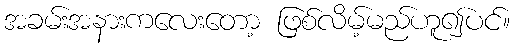
အခမ်းအနားကလေးတော့ ဖြစ်လိမ့်မည်ဟူ၍ပင်။